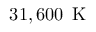
3 1 , 6 0 0 \, \mathrm { ~ K ~ }